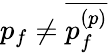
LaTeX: p_{f}\neq\overline{{p_{f}^{(p)}}}